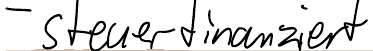
- steuerfinanziert